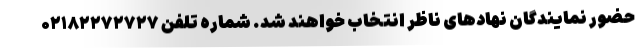
حضور نمایندگان نهادهای ناظر انتخاب خواهند شد. شماره تلفن ۰۲۱۸۲۲۷۲۷۲۷